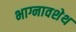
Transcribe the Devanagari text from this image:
भाग्नावशेथ